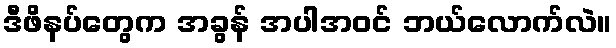
ဒီဖိနပ်တွေက အခွန် အပါအဝင် ဘယ်လောက်လဲ။